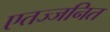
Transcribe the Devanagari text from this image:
एतज्जनित